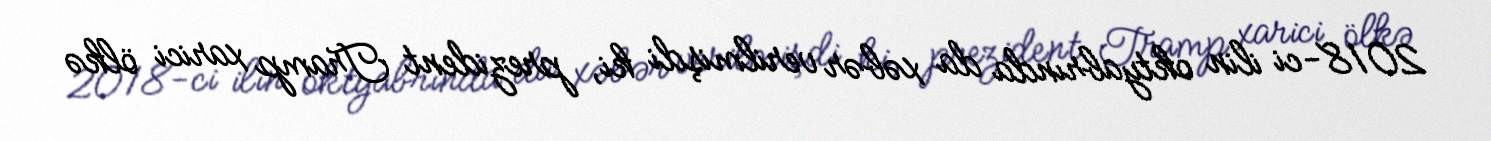
2018-ci ilin oktyabrında da xəbər verilmişdi ki, prezident Tramp xarici ölkə